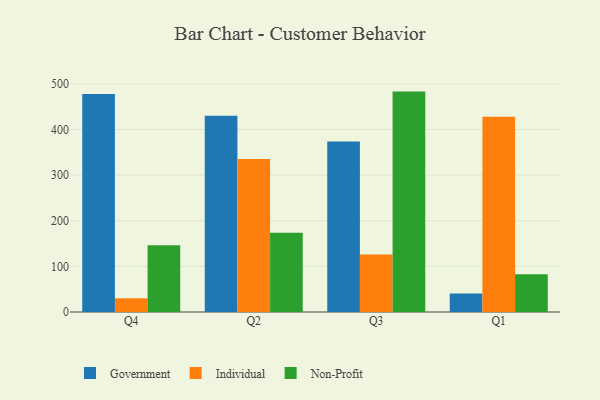
{"axis": {"x": "Quarter", "y": "Humidity (%)"}, "legend": ["Government", "Individual", "Non-Profit"], "data": [{"x": "Q4", "y": 478.1, "type": "Government"}, {"x": "Q4", "y": 30.3, "type": "Individual"}, {"x": "Q4", "y": 146.3, "type": "Non-Profit"}, {"x": "Q2", "y": 430.3, "type": "Government"}, {"x": "Q2", "y": 335.4, "type": "Individual"}, {"x": "Q2", "y": 173.7, "type": "Non-Profit"}, {"x": "Q3", "y": 373.6, "type": "Government"}, {"x": "Q3", "y": 125.8, "type": "Individual"}, {"x": "Q3", "y": 483.1, "type": "Non-Profit"}, {"x": "Q1", "y": 40.8, "type": "Government"}, {"x": "Q1", "y": 428.2, "type": "Individual"}, {"x": "Q1", "y": 82.8, "type": "Non-Profit"}]}